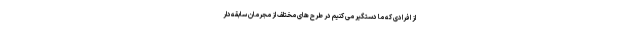
از افرادی که ما دستگیر می کنیم در طرح های مختلف از مجرمان سابقه‌دار